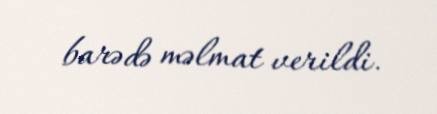
barədə məlmat verildi.